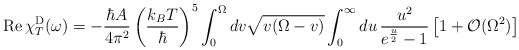
\begin{align*}{\rm Re}\, \chi^{\rm D}_T(\omega) = -\frac{\hbar A}{4\pi^2}\left(\frac{k_B T}{\hbar}\right)^5\int_0^{\Omega}dv\sqrt{v(\Omega-v)}\int_{0}^{\infty} du\, \frac{u^2}{e^{\frac{u}{2}}-1}\left[1+{\cal O}(\Omega^2)\right]\end{align*}